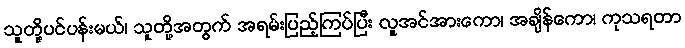
သူတို့ပင်ပန်းမယ်၊ သူတို့အတွက် အရမ်းပြည့်ကြပ်ပြီး လူအင်အားကော၊ အချိန်ကော၊ ကုသရတာ